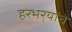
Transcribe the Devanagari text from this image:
हरभर्‍यांचे